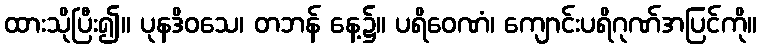
ထားသိုပြီး၍။ ပုနဒိဝသေ၊ တဘန် နေ့၌။ ပရိဝေဏံ၊ ကျောင်းပရိဂုဏ်အပြင်ကို။